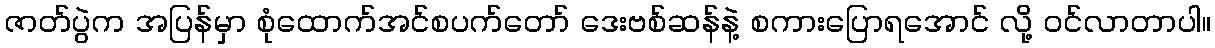
ဇာတ်ပွဲက အပြန်မှာ စုံထောက်အင်စပက်တော် ဒေးဗစ်ဆန်နဲ့ စကားပြောရအောင် လို့ ဝင်လာတာပါ။